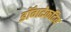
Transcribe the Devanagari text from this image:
डॉगटेकटिव